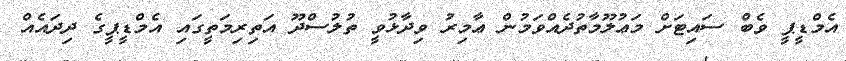
އެމްޑީޕީ ވެބް ސައިޓަށް މަޢުލޫމާތުދެއްވަމުން ޢާމިރު ވިދާޅުވީ ތުލުސްދޫ އަތިރިމަތީގައި އެމްޑީޕީގެ ދިދައެއް